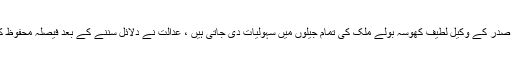
سابق صدر کے وکیل لطیف کھوسہ بولے ملک کی تمام جیلوں میں سہولیات دی جاتی ہیں ، عدالت نے دلائل سننے کے بعد فیصلہ محفوظ کر لیا۔